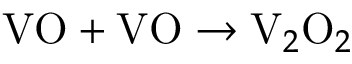
\mathrm { V O } + \mathrm { V O } \to \mathrm { V } _ { 2 } \mathrm { O } _ { 2 }